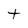
Character: t